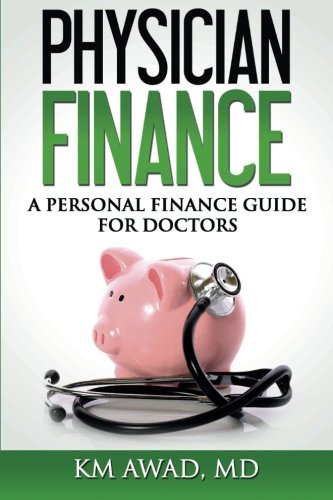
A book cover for Physician Finance; KM Awad; Business & Money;